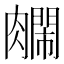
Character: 𫆺